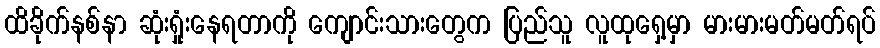
ထိခိုက်နစ်နာ ဆုံးရှုံးနေရတာကို ကျောင်းသားတွေက ပြည်သူ လူထုရှေ့မှာ မားမားမတ်မတ်ရပ်